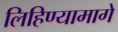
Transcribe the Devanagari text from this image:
लिहिण्यामागे